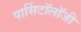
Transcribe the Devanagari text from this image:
पार्सिटॉलॉजी